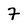
Character: 7